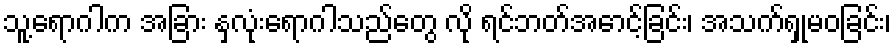
သူ့ရောဂါက အခြား နှလုံးရောဂါသည်တွေ လို ရင်ဘတ်အောင့်ခြင်း၊ အသက်ရှုမဝခြင်း၊